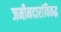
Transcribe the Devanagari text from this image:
जमीनदारांविरूद्घ